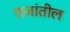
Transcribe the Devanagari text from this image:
राजांतील